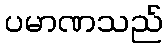
ပမာဏသည်